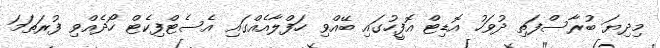
މިދިޔަ ބުރާސްފަތި ދުވަހު އޮޑިޓް އޮފީހުގައި ބޭއްވި ހަފްލާއެއްގައި އެސެޓްފިކެޓް ހޯދެއްވި ފުރަތަމަ